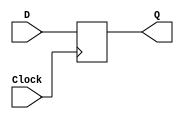
module submodule_dff (Q, D, Clock);
	output reg Q; 
    input Clock;
	input D;
    initial Q<=0;
always @ (posedge Clock)
	begin
		Q <= D;
	end
endmodule